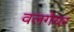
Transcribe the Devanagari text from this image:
वलगेयर